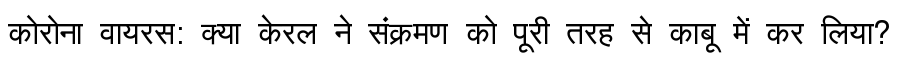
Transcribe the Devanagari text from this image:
कोरोना वायरस: क्या केरल ने संक्रमण को पूरी तरह से काबू में कर लिया?